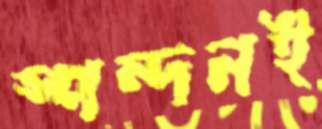
স্পন্দনই